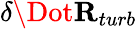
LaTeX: \delta\Dot{\mathbf{R}}_{turb}